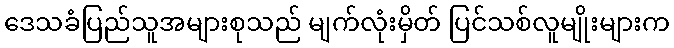
ဒေသခံပြည်သူအများစုသည် မျက်လုံးမှိတ် ပြင်သစ်လူမျိုးများက